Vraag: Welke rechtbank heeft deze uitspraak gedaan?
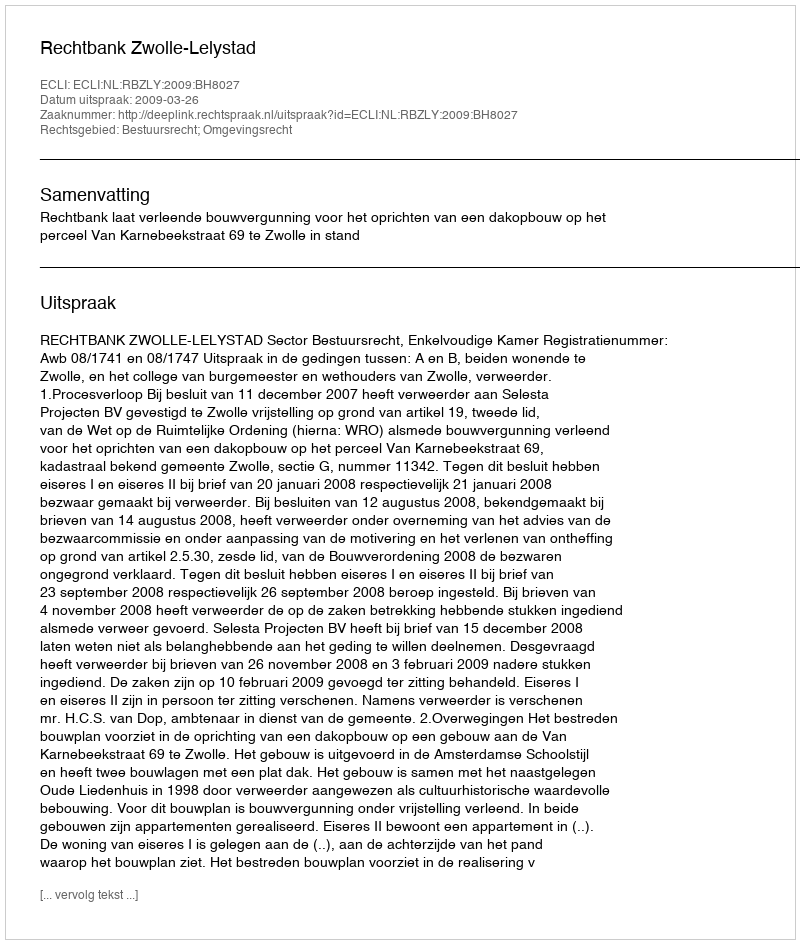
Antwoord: Rechtbank Zwolle-Lelystad